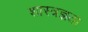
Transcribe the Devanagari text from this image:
शास्त्रज्ञता